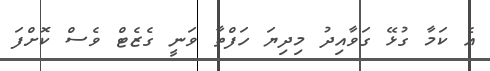
އެ ކަމާ ގުޅޭ ގަވާއިދު މިދިޔަ ހަފްތާ ވަނީ ގެޒެޓް ވެސް ކޮށްފަ